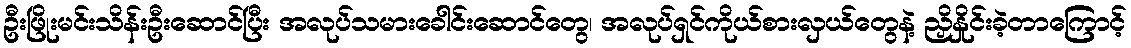
ဦးဖြိုးမင်းသိန်းဦးဆောင်ပြီး အလုပ်သမားခေါင်းဆောင်တွေ၊ အလုပ်ရှင်ကိုယ်စားလှယ်တွေနဲ့ ညှိနှိုင်းခဲ့တာကြောင့်